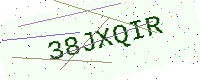
Text: 38JXQIR